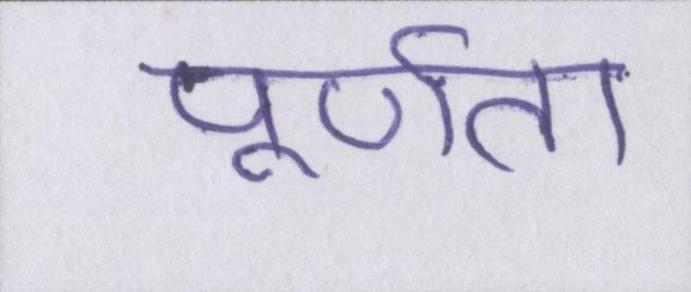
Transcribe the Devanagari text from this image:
पूर्णता